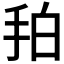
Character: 𢫗